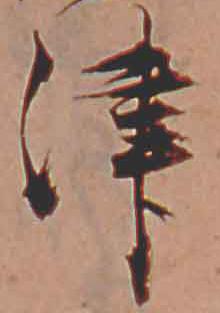
津